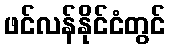
ဖင်လန်နိုင်ငံတွင်